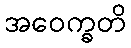
အဝေက္ခတိ